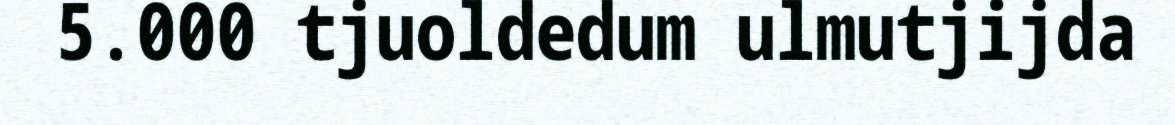
5.000 tjuoldedum ulmutjijda